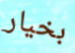
بخيار